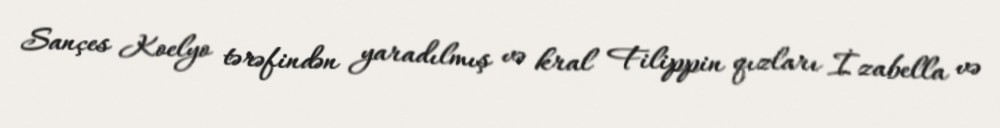
Sançes Koelyo tərəfindən yaradılmış və kral Filippin qızları İzabella və